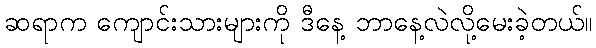
ဆရာက ကျောင်းသားများကို ဒီနေ့ ဘာနေ့လဲလို့မေးခဲ့တယ်။